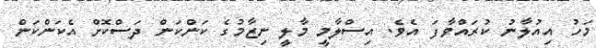
މަހު އިއުލާނު ކުރައްވާފަ އެވެ. އިސްލާމީ މާލީ ނިޒާމުގެ ކަންކަން ދަސްކޮށް އެކަންކަން